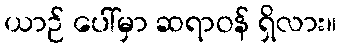
ယာဉ် ပေါ်မှာ ဆရာဝန် ရှိလား။